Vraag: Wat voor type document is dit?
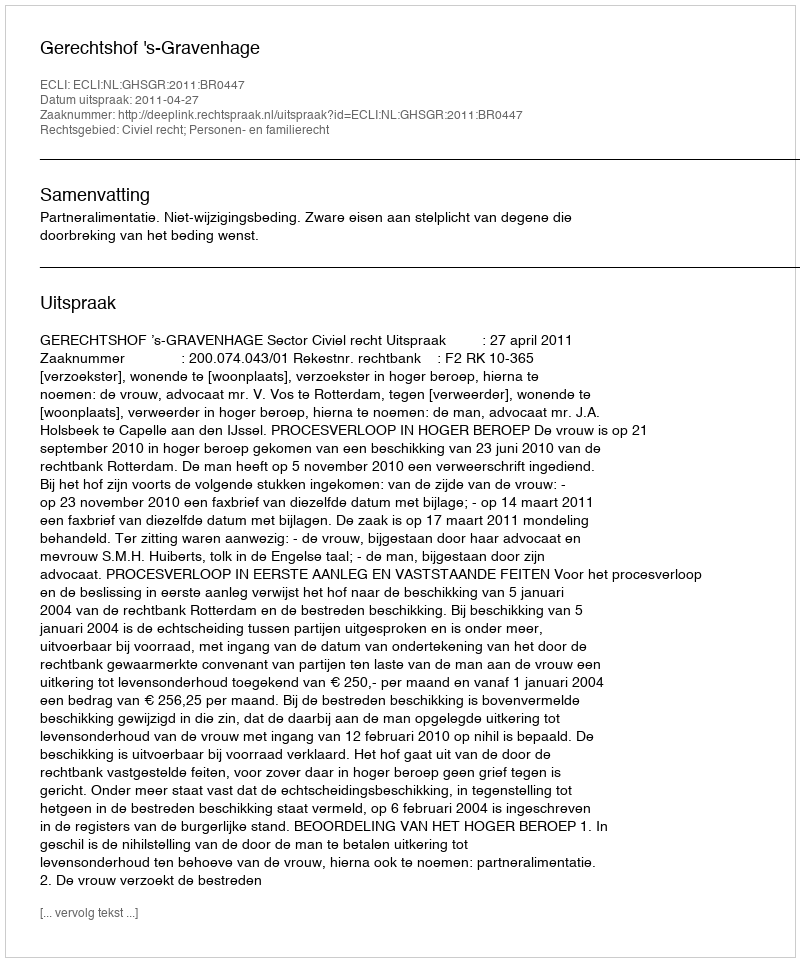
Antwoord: Uitspraak